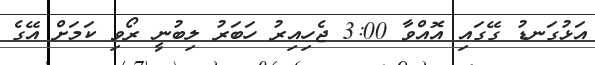
އަޅުގަނޑު ގޭގައި އޮއްވާ 3:00 ޖެހިއިރު ހަބަރު ލިބުނީ ރޯވި ކަމަށް އޭގެ